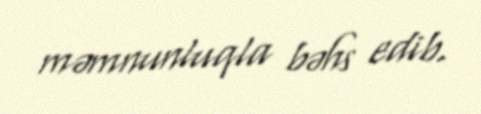
məmnunluqla bəhs edib.